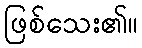
ဖြစ်သေး၏။